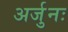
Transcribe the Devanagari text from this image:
अर्जुनः